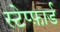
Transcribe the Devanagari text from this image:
स्टेप्फ़ार्ड